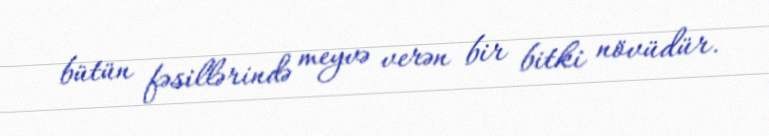
bütün fəsillərində meyvə verən bir bitki növüdür.